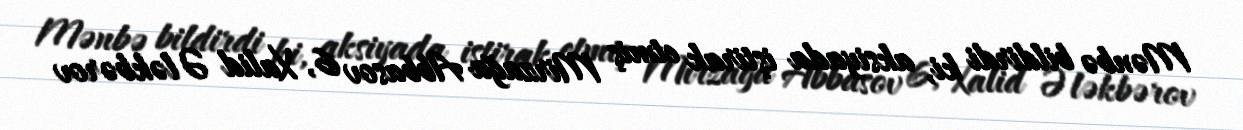
Mənbə bildirdi ki, aksiyada iştirak etmiş Mirzağa Abbasov 6, Xalid Ələkbərov